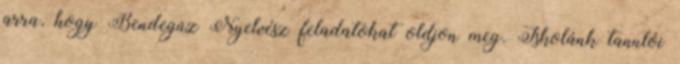
arra, hogy Bendegúz Nyelvész feladatokat oldjon meg. Iskolánk tanulói